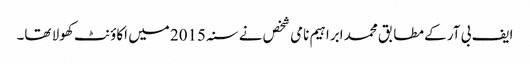
ایف بی آر کے مطابق محمد ابراہیم نامی شخص نے سنہ 2015 میں اکاؤنٹ کھولا تھا۔